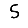
Digit: 5